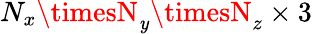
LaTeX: N_{x}\timesN_{\mathit{y}}\timesN_{z}\times3